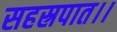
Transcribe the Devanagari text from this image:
सहस्रपात।।